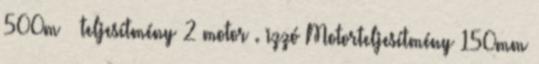
500m ³ teljesítmény 2 motor . izzó Motorteljesítmény 150mm